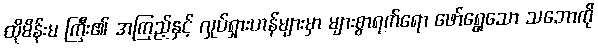
ထိုမိန်းမ ကြီး၏ အကြည့်နှင့် လှုပ်ရှားဟန်များမှာ များစွာရက်ရော ဖော်ရွေသော သဘောကို